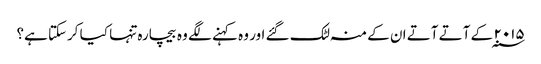
۲۰۱۵ ؁ کے آتے آتے ان کے منہ لٹک گئے اور وہ کہنے لگے وہ بیچارہ تنہا کیا کرسکتا ہے؟